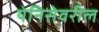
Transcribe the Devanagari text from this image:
येनिसेवरील